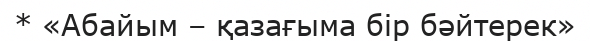
* «Абайым – қазағыма бір бәйтерек»